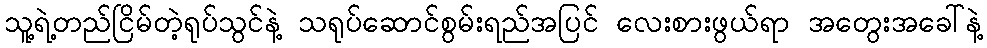
သူ့ရဲ့တည်ငြိမ်တဲ့ရုပ်သွင်နဲ့ သရုပ်ဆောင်စွမ်းရည်အပြင် လေးစားဖွယ်ရာ အတွေးအခေါ်နဲ့